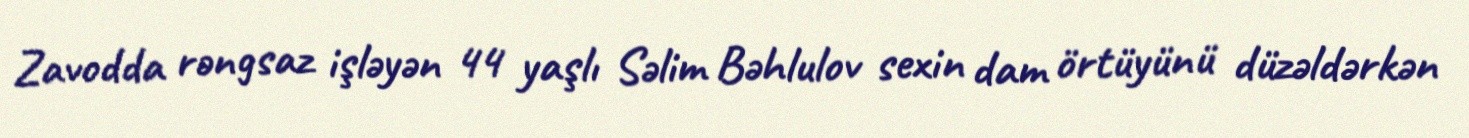
Zavodda rəngsaz işləyən 44 yaşlı Səlim Bəhlulov sexin dam örtüyünü düzəldərkən